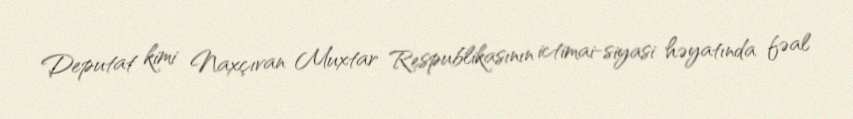
Deputat kimi Naxçıvan Muxtar Respublikasının ictimai-siyasi həyatında fəal